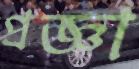
প্রজ্ঞা